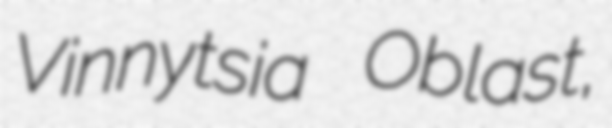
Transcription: Vinnytsia Oblast,